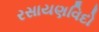
રસાયણવિદો